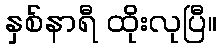
နှစ်နာရီ ထိုးလုပြီ။